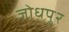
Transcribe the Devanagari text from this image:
जोधपु्र